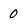
Character: 0